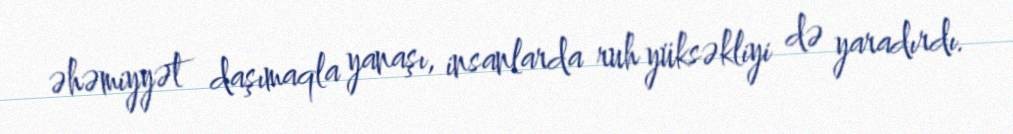
əhəmiyyət daşımaqla yanaşı, insanlarda ruh yüksəkliyi də yaradırdı.